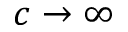
c \to \infty